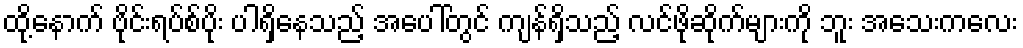
ထို့နောက် ဗိုင်းရပ်စ်ပိုး ပါရှိနေသည့် အပေါ်တွင် ကျန်ရှိသည့် လင်ဖိုဆိုက်များကို ဘူး အသေးကလေး